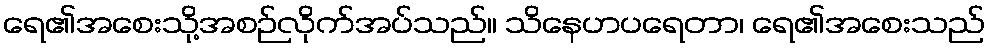
ရေ၏အစေးသို့အစဉ်လိုက်အပ်သည်။ သိနေဟပရေတာ၊ ရေ၏အစေးသည်